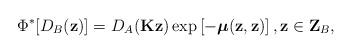
LaTeX: \begin{align*}\Phi ^{\ast }[D_{B}(\mathbf{z})]=D_{A}(\mathbf{Kz})\exp \left[ -\boldsymbol{\mu }(\mathbf{z},\mathbf{z})\right] ,\mathbf{z}\in \mathbf{Z}_{B}, \end{align*}